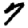
Digit: 7